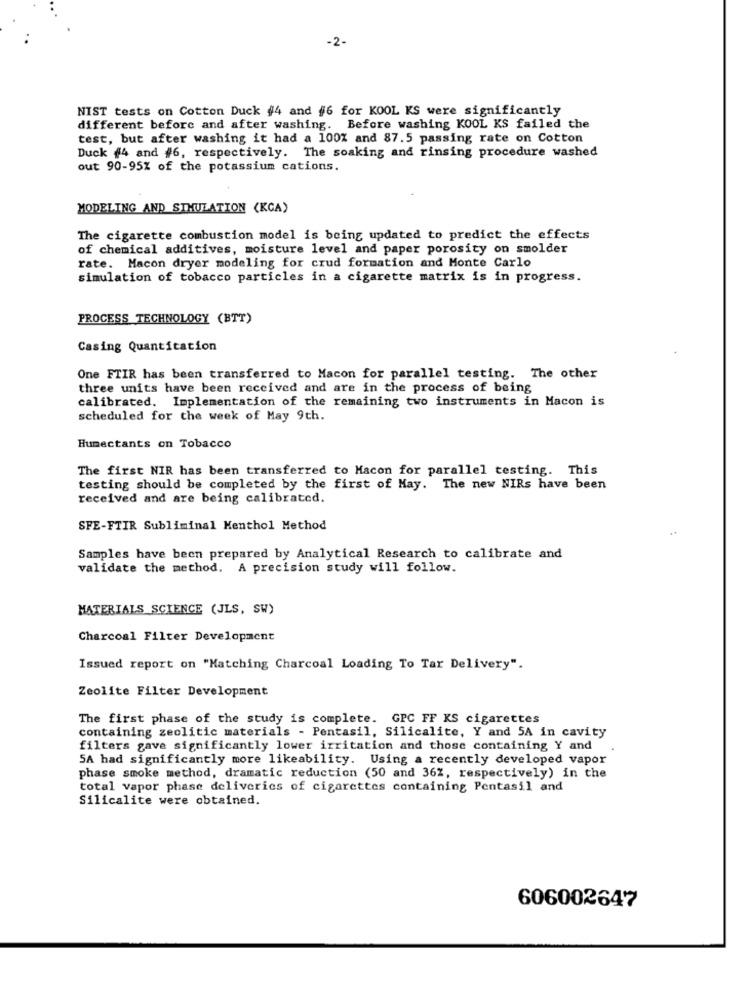
-2-
NIST tests on Cotton Duck #4 and #6 for KOOL KS were significantly
different before and after washing. Before washing KOOL KS failed the
test, but after washing it had a 100% and 87.5 passing rate on Cotton
Duck #4 and #6, respectively. The soaking and rinsing procedure washed
out 90-95% of the potassium cations.
MODELING AND SIMULATION (KCA)
The cigarette combustion model is being updated to predict the effects
of chemical additives, moisture level and paper porosity on smolder
rate. Macon dryer modeling for crud formation and Monte Carlo
simulation of tobacco particles in a cigarette matrix is in progress.
PROCESS TECHNOLOGY (BTT)
Casing Quantitation
One FTIR has been transferred to Macon for parallel testing. The other
three units have been received and are in the process of being
calibrated. Implementation of the remaining two instruments in Macon is
scheduled for the week of May 9th.
Humectants on Tobacco
The first NIR has been transferred to Macon for parallel testing. This
testing should be completed by the first of May. The new NIRs have been
received and are being calibrated.
SFE-FTIR Subliminal Menthol Method
Samples have been prepared by Analytical Research to calibrate and
validate the method. A precision study will follow.
MATERIALS SCIENCE (JLS, SW)
Charcoal Filter Development
Issued report on "Matching Charcoal Loading To Tar Delivery".
Zeolite Filter Development
The first phase of the study is complete. GPC FF KS cigarettes
containing zeolitic materials - Pentasil, Silicalite, Y and SA in cavity
filters gave significantly lower irritation and those containing Y and
5A had significantly more likeability. Using a recently developed vapor
phase smoke method, dramatic reduction (50 and 36%, respectively) in the
total vapor phase deliveries of cigarettes containing Pentasil and
Silicalite were obtained.
606002647